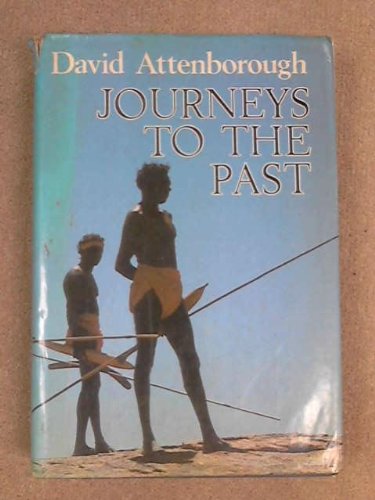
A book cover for Journeys to the Past; Sir David Attenborough; History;